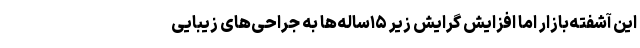
این آشفته‌بازار اما افزایش گرایش زیر ۱۵ساله‌ها به جراحی‌های زیبایی